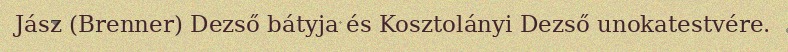
Jász (Brenner) Dezső bátyja és Kosztolányi Dezső unokatestvére.